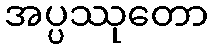
အပ္ပဿုတော